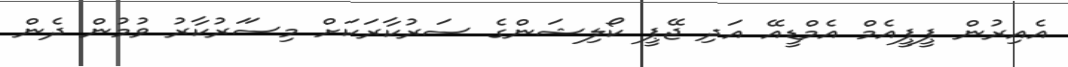
އެއިރުން ޕީޕީއެމް އެމްޑީއޭ އަދި ޖޭޕީ ކޯލިޝަންގެ ސަރުކާރަކަށް މިސަަރުކާރު ވުމުން ދެން